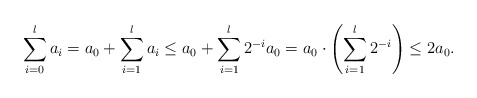
\begin{align*} \sum_{i=0}^l a_i= a_0 + \sum_{i=1}^l a_i\leq a_0 + \sum_{i=1}^l 2^{-i} a_0= a_0 \cdot \left( \sum_{i=1}^l 2^{-i} \right)\leq 2 a_0.\end{align*}